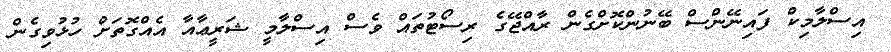
އިސްލާމިކް ފައިނޭންސް ބޭނުންކޮށްގެން ރާއްޖޭގެ ރިސޯޓުތައް ވެސް އިސްލާމީ ޝަރީޢާއާ އެއްގޮތަށް ހުޅުވިގެން